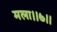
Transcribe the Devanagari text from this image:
मला।।७।।